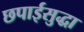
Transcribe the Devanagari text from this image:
छपाईसुद्धा